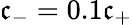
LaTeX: {\mathfrak{c}_{-}=0.1\mathfrak{c}_{+}}